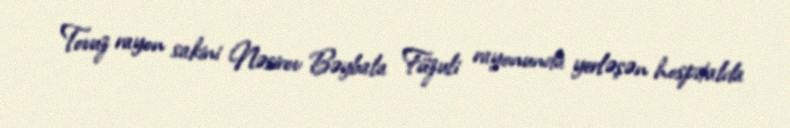
Tovuz rayon sakini Nəsirov Bəybala Füzuli rayonunda yerləşən hospitalda